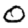
Digit: 0